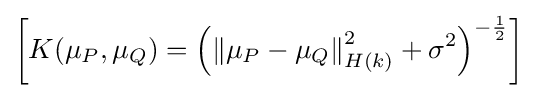
\left[K(\mu _{P},\mu _{Q})=\left(\left\|\mu _{P}-\mu _{Q}\right\|_{H(k)}^{2}+\sigma ^{2}\right)^{-{\frac {1}{2}}}\right]